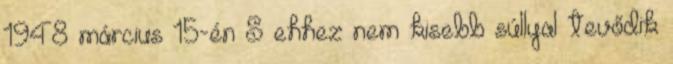
1948 március 15-én S ehhez nem kisebb súllyal tevődik